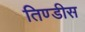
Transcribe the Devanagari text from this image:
तिण्डीस